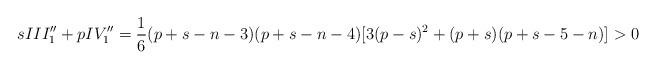
LaTeX: \begin{align*} s III_1''+ p IV''_1&=\frac16(p+s-n-3)(p+s-n-4)[3(p-s)^2+(p+s)(p+s-5-n)]>0\end{align*}